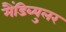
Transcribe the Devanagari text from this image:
मैंडिब्युलर